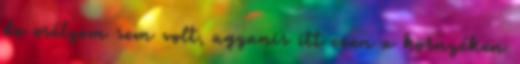
de esélyem sem volt, ugyanis itt ezen a környéken